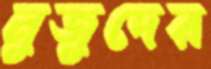
নুজুদের